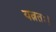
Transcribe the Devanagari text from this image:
यत्नतः।